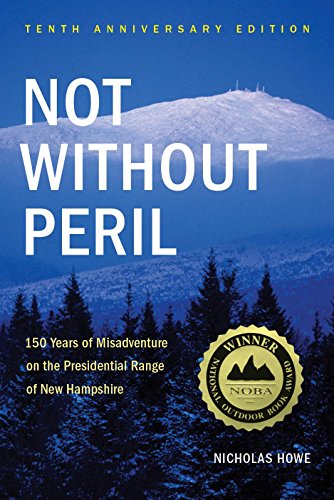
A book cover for Not Without Peril: 150 Years Of Misadventure On The Presidential Range Of New Hampshire; Nicholas Howe; Sports & Outdoors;